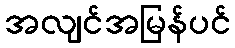
အလျင်အမြန်ပင်